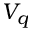
V _ { q }